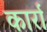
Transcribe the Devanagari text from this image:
कार्रा